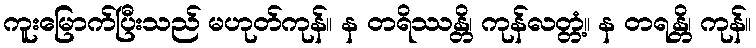
ကူးမြောက်ပြီးသည် မဟုတ်ကုန်။ န တရိဿန္တိ၊ ကုန်လတ္တံ့။ န တရန္တိ၊ ကုန်။